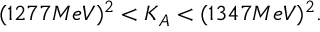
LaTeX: ( 1 2 7 7 M e V ) ^ { 2 } < K _ { A } < ( 1 3 4 7 M e V ) ^ { 2 } .